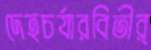
দেহচর্যারবিতীর্